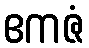
ဧကဇံ